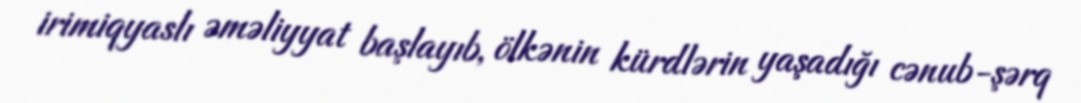
irimiqyaslı əməliyyat başlayıb, ölkənin kürdlərin yaşadığı cənub-şərq